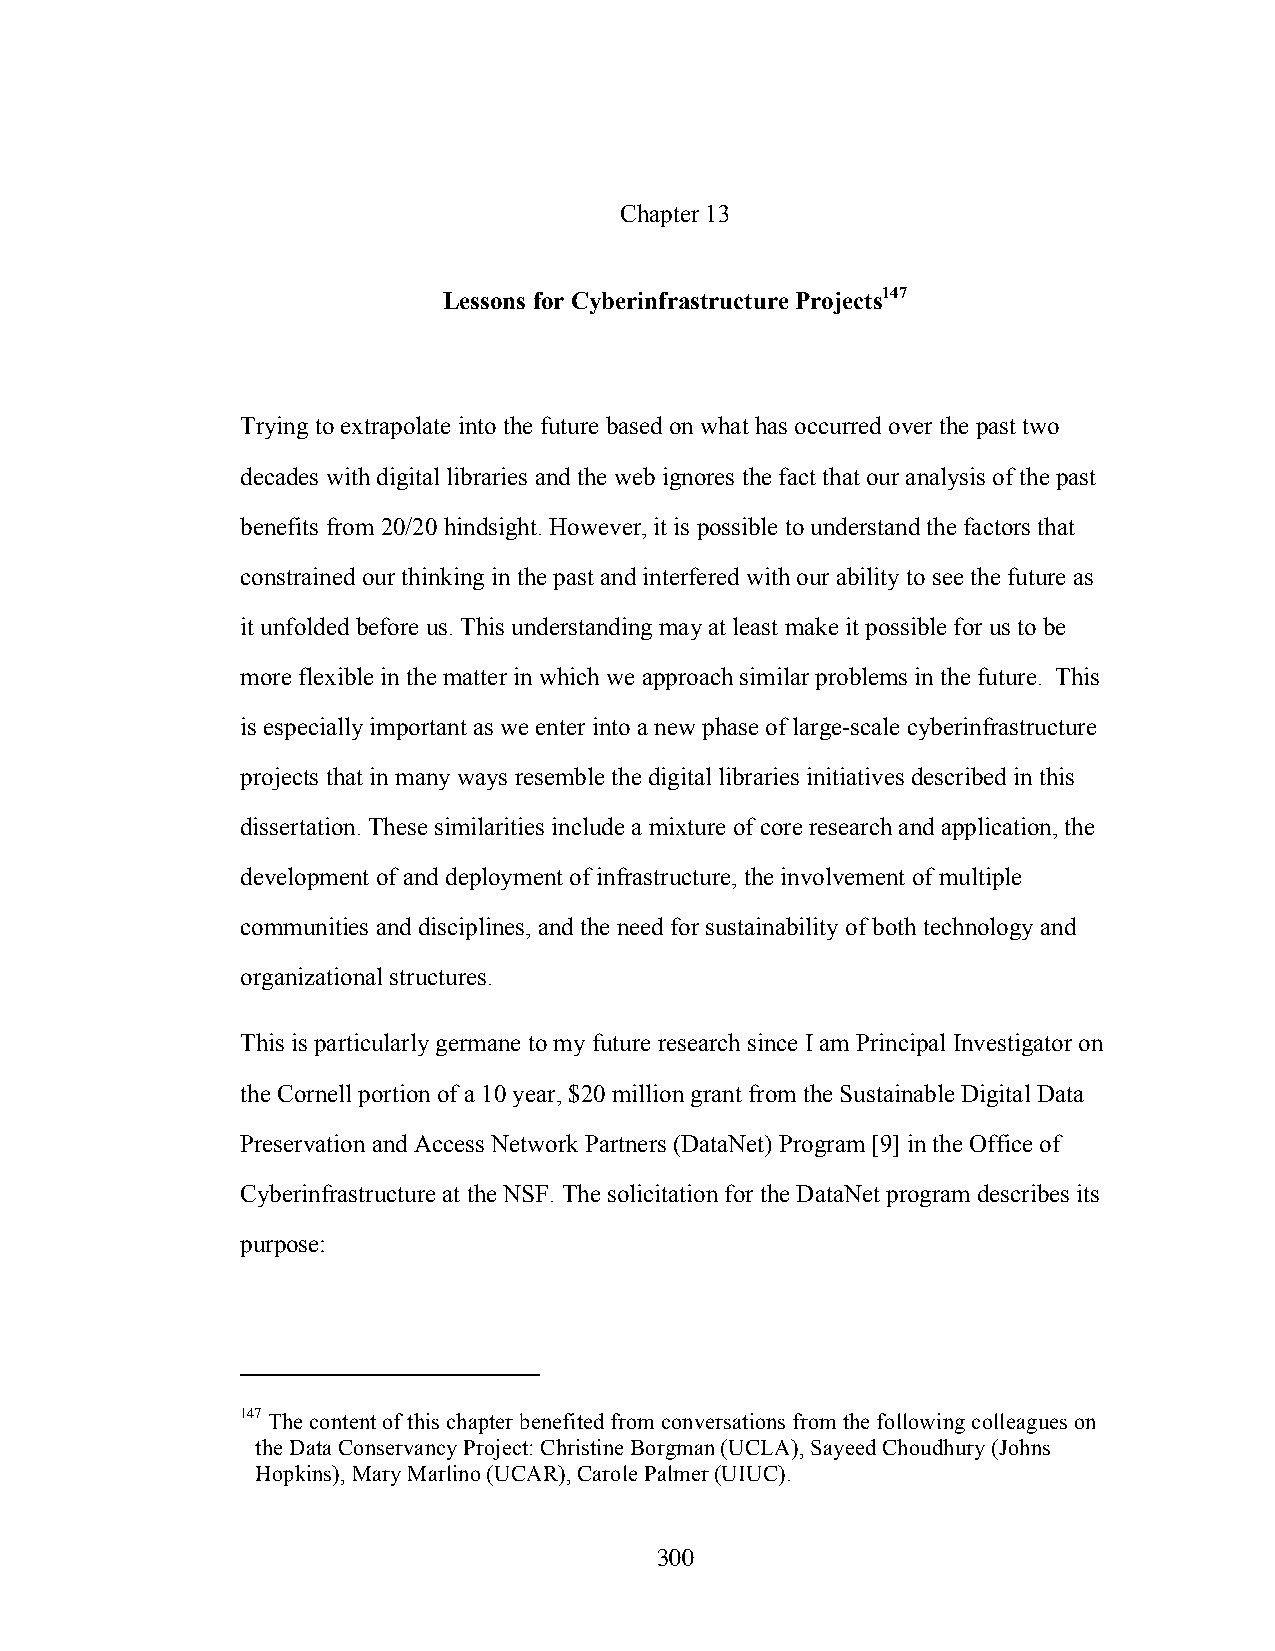
Chapter 13
 Lessons for Cyberinfrastructure Projects147
 Trying to extrapolate into the future based on what has occurred over the past two
 decades with digital libraries and the web ignores the fact that our analysis of the past
 benefits from 20/20 hindsight. However, it is possible to understand the factors that
 constrained our thinking in the past and interfered with our ability to see the future as
 it unfolded before us. This understanding may at least make it possible for us to be
 more flexible in the matter in which we approach similar problems in the future. This
 is especially important as we enter into a new phase of large-scale cyberinfrastructure
 projects that in many ways resemble the digital libraries initiatives described in this
 dissertation. These similarities include a mixture of core research and application, the
 development of and deployment of infrastructure, the involvement of multiple
 communities and disciplines, and the need for sustainability of both technology and
 organizational structures.
 This is particularly germane to my future research since I am Principal Investigator on
 the Cornell portion of a 10 year, $20 million grant from the Sustainable Digital Data
 Preservation and Access Network Partners (DataNet) Program [9] in the Office of
 Cyberinfrastructure at the NSF. The solicitation for the DataNet program describes its
 purpose:
 147 The content of this chapter benefited from conversations from the following colleagues on
 the Data Conservancy Project: Christine Borgman (UCLA), Sayeed Choudhury (Johns
 Hopkins), Mary Marlino (UCAR), Carole Palmer (UIUC).
 300